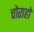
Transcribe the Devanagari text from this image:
चोराहो